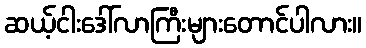
ဆယ့်ငါးဒေါ်လာကြီးများတောင်ပါလား။